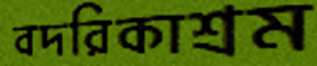
বদরিকাশ্রম